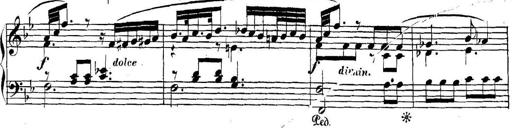
Title: Collected Piano Sonatas
Composer: Muzio Clementi